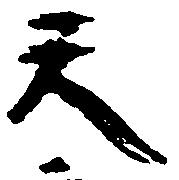
天